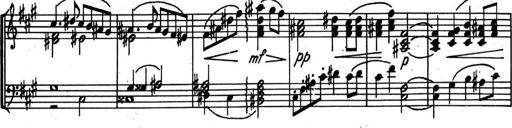
Title: Kleine Sonate
Composer: Raoul Koczalski
Key: C major